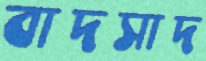
বাদসাদ